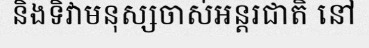
និងទិវាមនុស្សចាស់អន្តរជាតិ នៅ